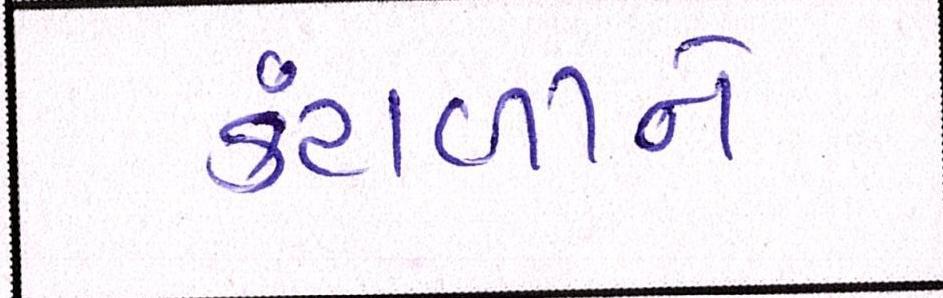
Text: કંટાળીને